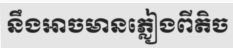
នឹងអាចមានភ្លៀងពីតិច